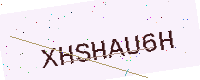
Text: XHSHAU6H